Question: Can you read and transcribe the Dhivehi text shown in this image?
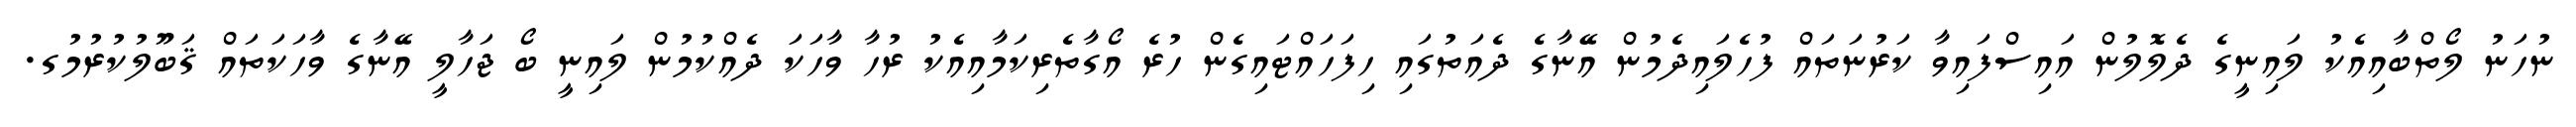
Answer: ނުހަނު ލޯތްބާއިއެކު ލައިނީގެ ދެލޮލުން އައިސްފައިވާ ކަރުނަތައް ފުހެލައިދެމުން އޭނާގެ ދެއަތުގައި ހިފަހައްޓައިގެން ހުރެ އޯގާތެރިކަމާއިއެކު ރުހާ ވާހަކަ ދެއްކުމުން ލައިނީ ބޯ ޖަހާލީ އޭނާގެ ވާހަކަތައް ޤަބޫލުކުރުމުގ.